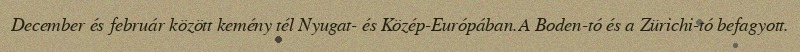
December és február között kemény tél Nyugat- és Közép-Európában.A Boden-tó és a Zürichi-tó befagyott.